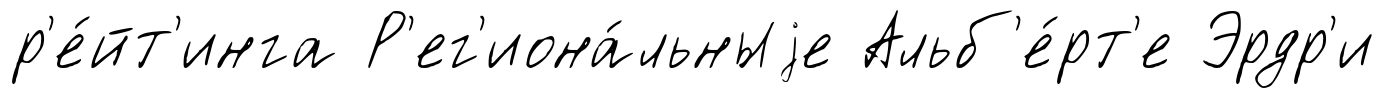
р'е́йт'инга Р'ег'иона́льныjе Альб'е́рт'е Эрдр'и